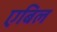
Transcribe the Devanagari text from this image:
एबिल